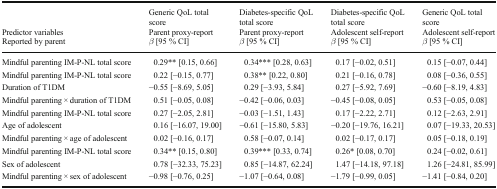
<table><thead><tr><td></td><td><b>Generic QoL total score</b></td><td><b>Diabetes-specific QoL total score</b></td><td><b>Diabetes-specific QoL total score</b></td><td><b>Generic QoL total score</b></td></tr><tr><td><b>Predictor variables</b></td><td><b>Parent proxy-report</b></td><td><b>Parent proxy-report</b></td><td><b>Adolescent self-report</b></td><td><b>Adolescent self-report</b></td></tr><tr><td><b>Reported by parent</b></td><td><b><i>β</i> [95 % CI]</b></td><td><b><i>β</i> [95 % CI]</b></td><td><b><i>β</i> [95 % CI]</b></td><td><b><i>β</i> [95 % CI]</b></td></tr></thead><tbody><tr><td>Mindful parenting IM-P-NL total score</td><td>0.29** [0.15, 0.66]</td><td>0.34*** [0.28, 0.63]</td><td>0.17 [−0.02, 0.51]</td><td>0.15 [−0.07, 0.44]</td></tr><tr><td>Mindful parenting IM-P-NL total score</td><td>0.22 [−0.15, 0.77]</td><td>0.38** [0.22, 0.80]</td><td>0.21 [−0.16, 0.78]</td><td>0.08 [−0.36, 0.55]</td></tr><tr><td>Duration of T1DM</td><td>−0.55 [−8.69, 5.05]</td><td>0.29 [−3.93, 5.84]</td><td>0.27 [−5.92, 7.69]</td><td>−0.60 [−8.19, 4.83]</td></tr><tr><td>Mindful parenting × duration of T1DM</td><td>0.51 [−0.05, 0.08]</td><td>−0.42 [−0.06, 0.03]</td><td>−0.45 [−0.08, 0.05]</td><td>0.53 [−0.05, 0.08]</td></tr><tr><td>Mindful parenting IM-P-NL total score</td><td>0.27 [−2.05, 2.81]</td><td>−0.03 [−1.51, 1.43]</td><td>0.17 [−2.22, 2.71]</td><td>0.12 [−2.63, 2.91]</td></tr><tr><td>Age of adolescent</td><td>0.16 [−16.07, 19.00]</td><td>−0.61 [−15.80, 5.83]</td><td>−0.20 [−19.76, 16.21]</td><td>0.07 [−19.33, 20.53]</td></tr><tr><td>Mindful parenting × age of adolescent</td><td>0.02 [−0.16, 0.17]</td><td>0.58 [−0.07, 0.14]</td><td>0.02 [−0.17, 0.17]</td><td>0.05 [−0.18, 0.19]</td></tr><tr><td>Mindful parenting IM-P-NL total score</td><td>0.34** [0.15, 0.80]</td><td>0.39*** [0.33, 0.74]</td><td>0.26* [0.08, 0.70]</td><td>0.24 [−0.02, 0.61]</td></tr><tr><td>Sex of adolescent</td><td>0.78 [−32.33, 75.23]</td><td>0.85 [−14.87, 62.24]</td><td>1.47 [−14.18, 97.18]</td><td>1.26 [−24.81, 85.99]</td></tr><tr><td>Mindful parenting × sex of adolescent</td><td>−0.98 [−0.76, 0.25]</td><td>−1.07 [−0.64, 0.08]</td><td>−1.79 [−0.99, 0.05]</td><td>−1.41 [−0.84, 0.20]</td></tr></tbody></table>